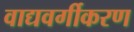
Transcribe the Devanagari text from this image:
वाद्यवर्गीकरण